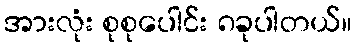
အားလုံး စုစုပေါင်း ၈ခုပါတယ်။